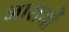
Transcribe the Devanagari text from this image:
नाराचों